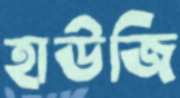
হাউজি